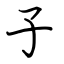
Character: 子